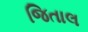
જિતાલ